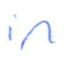
Text: in
Cross-out: clean
Writing tool: ballpoint